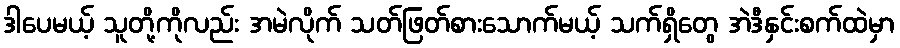
ဒါပေမယ့် သူတို့ကိုလည်း အမဲလိုက် သတ်ဖြတ်စားသောက်မယ့် သက်ရှိတွေ အဲဒီနှင်းစက်ထဲမှာ